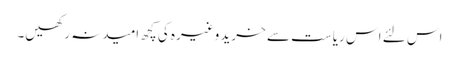
اس لئے اس ریاست سے خرید وغیرہ کی کچھ امیدنہ رکھیں۔